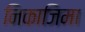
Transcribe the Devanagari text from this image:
निकाजिमा